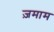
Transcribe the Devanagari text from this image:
ज़माम